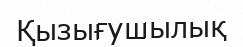
Қызығушылық